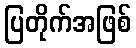
ပြတိုက်အဖြစ်